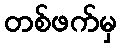
တစ်ဖက်မှ